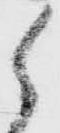
候